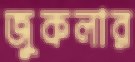
জুকলার